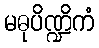
မဓုပိဏ္ဍိကံ